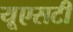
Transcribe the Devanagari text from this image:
यूएसटी